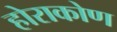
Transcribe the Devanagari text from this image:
होराकोण